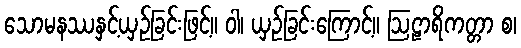
သောမနဿနှင့်ယှဉ်ခြင်းဖြင့်။ ဝါ၊ ယှဉ်ခြင်းကြောင့်။ ဩဠာရိကတ္တာ စ၊